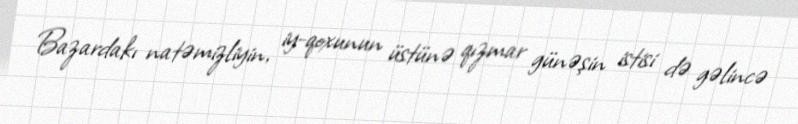
Bazardakı natəmizliyin, iy-qoxunun üstünə qızmar günəşin istisi də gəlincə